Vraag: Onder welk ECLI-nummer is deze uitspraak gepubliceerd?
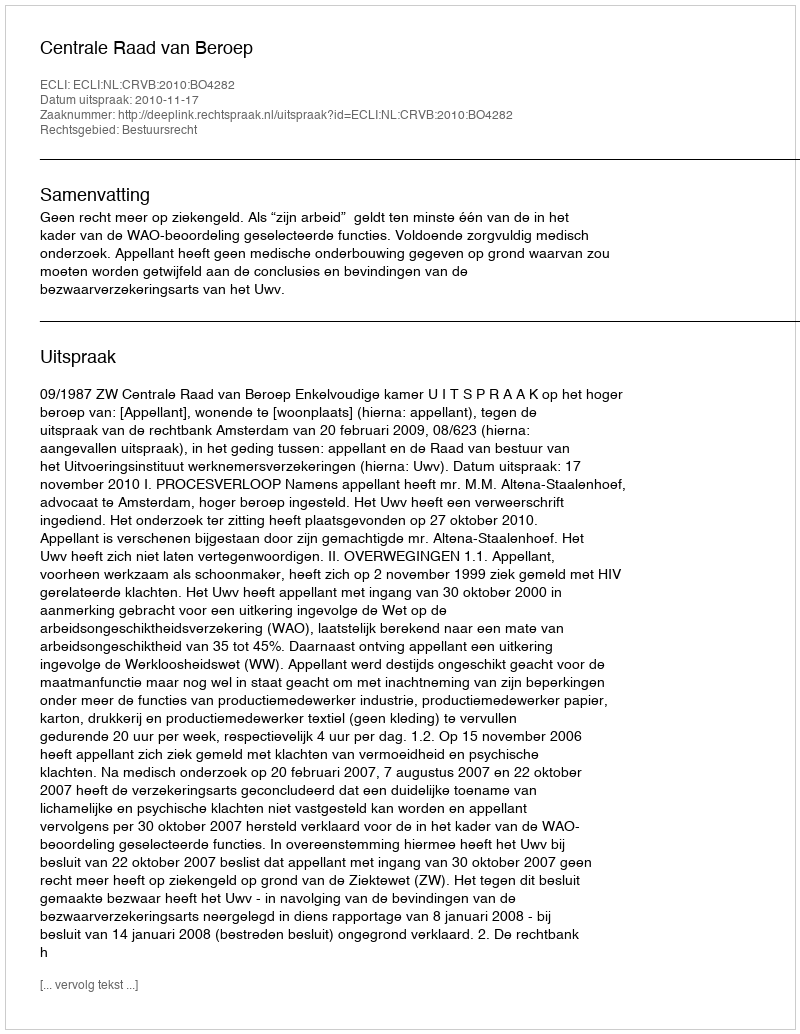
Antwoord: ECLI:NL:CRVB:2010:BO4282